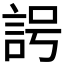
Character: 𧦢